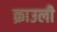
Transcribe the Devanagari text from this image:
क्राउली